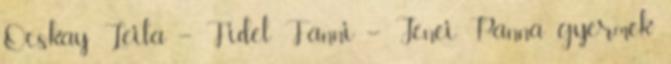
Ocskay Leila – Fidel Fanni – Jenei Panna gyermek